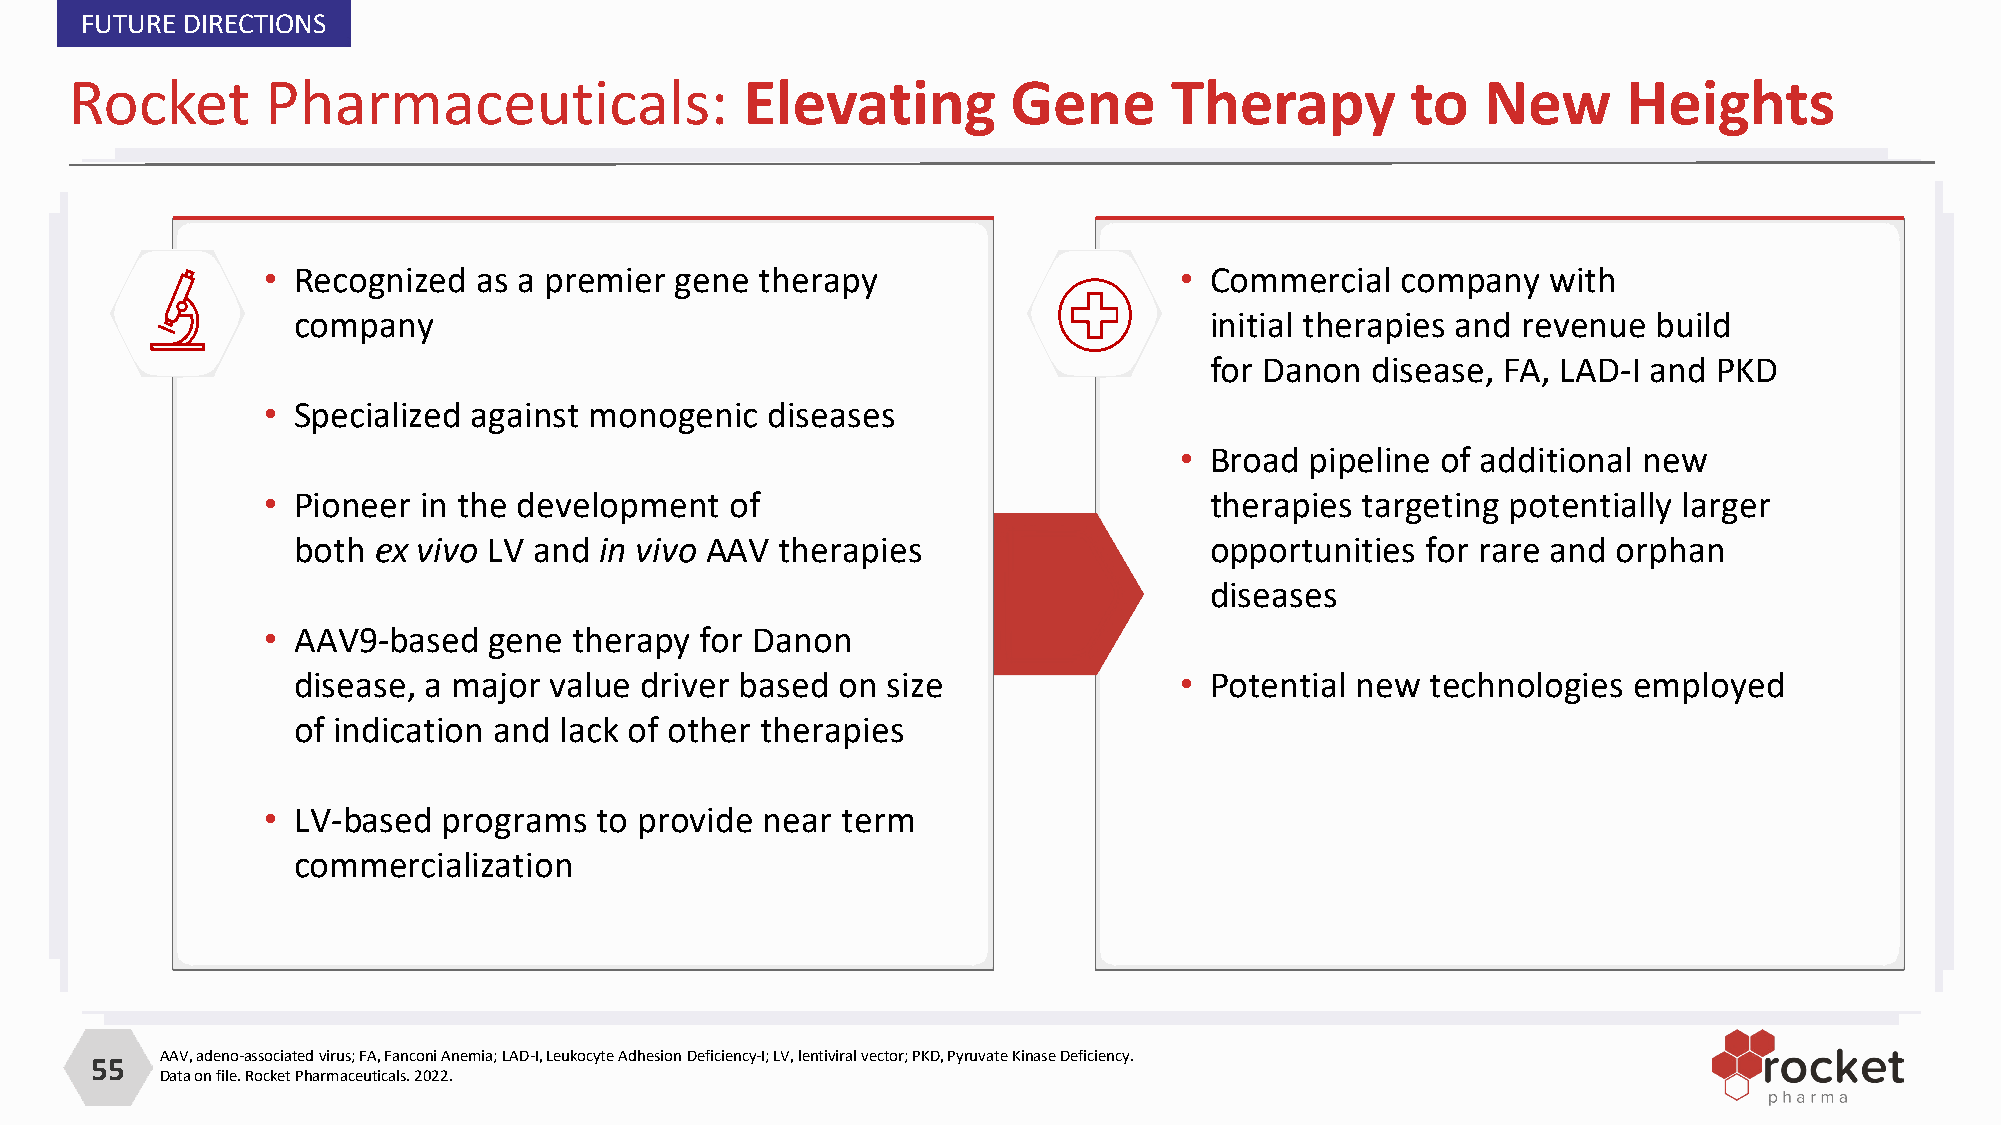
FUTURE DIRECTIONS
 Rocket       Pharmaceuticals:               Elevating         Gene      Therapy         to   New       Heights
 • Recognized   as a premier gene therapy                     • Commercial   company   with
 company                                                      initial therapies and revenue build
 for Danon  disease, FA, LAD-I and PKD
 • Specialized against monogenic   diseases
 • Broad  pipeline of additional new
 • Pioneer  in the development  of                              therapies targeting potentially larger
 both  ex vivo LV and in vivo AAV therapies                   opportunities for rare and orphan
 diseases
 • AAV9-based   gene  therapy for Danon
 disease, a major value driver based  on size               • Potential new  technologies employed
 of indication and lack of other therapies
 • LV-based  programs  to provide near  term
 commercialization
 AAV, adeno-associated virus; FA, Fanconi Anemia; LAD-I, Leukocyte Adhesion Deficiency-I; LV, lentiviral vector; PKD, Pyruvate Kinase Deficiency.
 55
 Data on file. Rocket Pharmaceuticals. 2022.